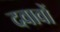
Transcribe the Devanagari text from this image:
दवावों